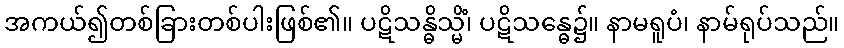
အကယ်၍တစ်ခြားတစ်ပါးဖြစ်၏။ ပဋိသန္ဓိသ္မိံ၊ ပဋိသန္ဓေ၌။ နာမရူပံ၊ နာမ်ရုပ်သည်။